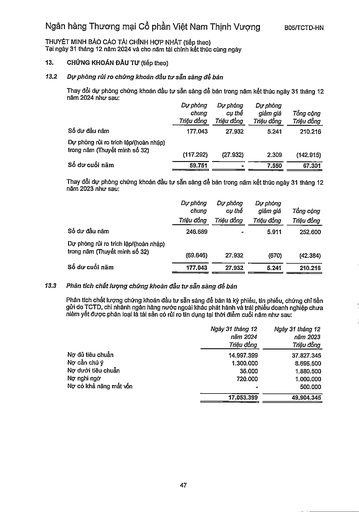
||Dự phòng chung Triệu đồng|Dự phòng cụ thể Triệu đồng|Dự phòng giảm giá Triệu đồng|Tổng cộng Triệu đồng| |---|---|---|---|---| |Số dư đầu năm|177.043|27.932|5.241|210.216| |Dự phòng rủi ro trích lập/(hoàn nhập) trong năm (Thuyết minh số 32)|(117.292)|(27.932)|2.309|(142.915)| |Số dư cuối năm|59.751||7.550|67.301| ||Dự phòng chung Triệu đồng|Dự phòng cụ thể Triệu đồng|Dự phòng giảm giá Triệu đồng|Tổng cộng Triệu đồng| |---|---|---|---|---| |Số dư đầu năm|246,689||5.911|252.600| |Dự phòng rủi ro trích lập/(hoàn nhập) trong năm (Thuyết minh số 32)|(69.646)|27.932|(670)|(42.384)| |Số dư cuối năm|177.043|27.932|5.241|210.216| ||Ngày 31 tháng 12 năm 2024 Triệu đồng|Ngày 31 tháng 12 năm 2023 Triệu đồng| |---|---|---| |Nợ đủ tiêu chuẩn|14.997.399|37.827.345| |Nợ cần chú ý|1.300.000|8.696.500| |Nợ dưới tiêu chuẩn|36.000|1.880.500| |Nợ nghi ngờ|720.000|1.000.000| |Nợ có khả năng mất vốn||500.000| ||17.053.399|49.904.345|